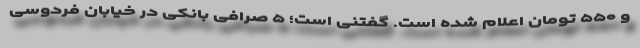
و ۵۵۰ تومان اعلام شده است. گفتنی است؛ ۵ صرافی بانکی در خیابان فردوسی